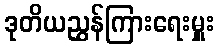
ဒုတိယညွှန်ကြားရေးမှူး